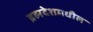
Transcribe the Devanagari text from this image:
ब्रह्मदेशमधील